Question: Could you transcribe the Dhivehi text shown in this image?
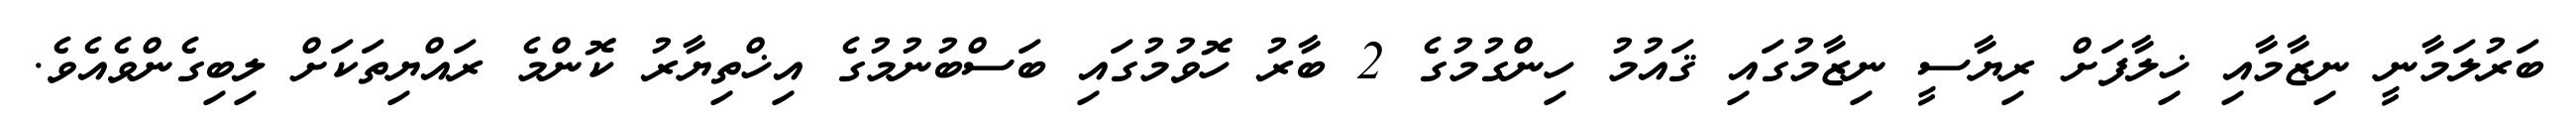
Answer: ބަރުލަމާނީ ނިޒާމާއި ޚިލާފަށް ރިޔާސީ ނިޒާމުގައި ޤައުމު ހިންގުމުގެ 2 ބާރު ހޮވުމުގައި ބަސްބުނުމުގެ އިޚްތިޔާރު ކޮންމެ ރައްޔިތަކަށް ލިބިގެންވެއެވެ.